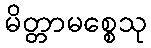
မိတ္တာမစ္စေသု